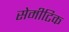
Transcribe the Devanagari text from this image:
सेमीटिक